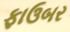
ફાઉબર